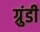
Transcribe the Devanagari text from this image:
ग्रुंडी